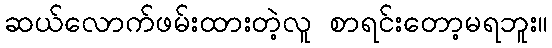
ဆယ်လောက်ဖမ်းထားတဲ့လူ စာရင်းတော့မရဘူး။